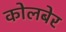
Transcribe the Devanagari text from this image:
कोलबेर